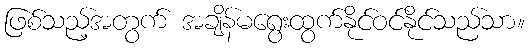
ဖြစ်သည့်အတွက် အချိန်မရွေးထွက်နိုင်ဝင်နိုင်သည်သာ။